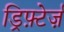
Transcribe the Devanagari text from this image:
ड्रिफ़्टेर्ज़